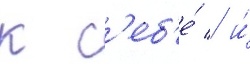
к с'еб'е́ / и́